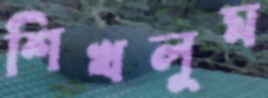
শিখলুম